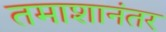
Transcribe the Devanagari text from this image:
तमाशानंतर